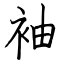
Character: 袖